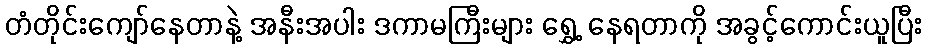
တံတိုင်းကျော်နေတာနဲ့ အနီးအပါး ဒကာမကြီးများ ရွှေ့ နေရတာကို အခွင့်ကောင်းယူပြီး